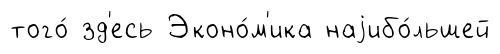
того́ зд'есь Эконо́м'ика наjибо́льшей